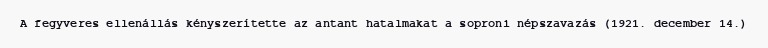
A fegyveres ellenállás kényszerítette az antant hatalmakat a soproni népszavazás (1921. december 14.)